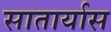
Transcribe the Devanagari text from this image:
सातार्यास